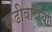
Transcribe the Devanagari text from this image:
रूढीवादीयों